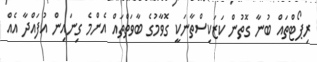
ރިޕޯޓްތައް ބުނާ ގޮތުން ކަޒަކިސްތާނަކީ ގޮވާމުގެ ބާވަތްތައް އެންމެ ގިނައިން އުފައްދާ އެއް